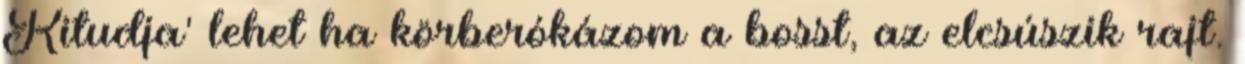
Kitudja' lehet ha körberókázom a bosst, az elcsúszik rajt.